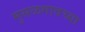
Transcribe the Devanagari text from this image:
मुसळगावच्या